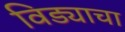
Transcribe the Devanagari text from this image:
विड्याचा